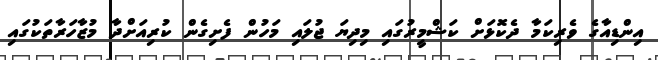
އިންޑިއާގެ ވެރިކަމާ ދެކޮޅަށް ކަޝްމީރުގައި މިދިޔަ ޖުލައި މަހުން ފެށިގެން ކުރިއަށްދާ މުޒާހަރާތަކުގައި